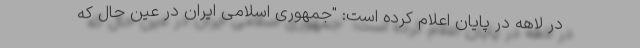
در لاهه در پایان اعلام کرده است: "جمهوری اسلامی ایران در عین حال که